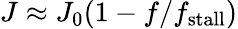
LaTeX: J\approx J_{0}(1-f/f_{\mathrm{stall}})